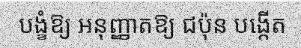
បង្ខំឱ្យ អនុញ្ញាតឱ្យ ជប៉ុន បង្កើត